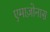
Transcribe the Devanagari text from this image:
एमाज़ोनास